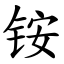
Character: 铵